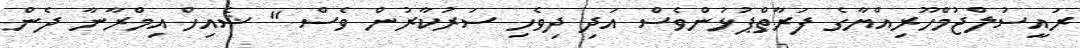
ރައީސުލްޖުމްހޫރިއްޔާގެ ފަރާތްޕުޅުންވެސް އަދި ދިވެހި ސަރުކާރުން ވެސް " ޝެއިޚް އިމްރާނާ ދެން